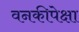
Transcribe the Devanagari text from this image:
वनकीपेक्षा